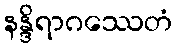
နန္ဒိရာဂဿေတံ